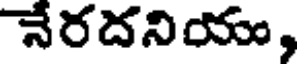
నేరదనియు,